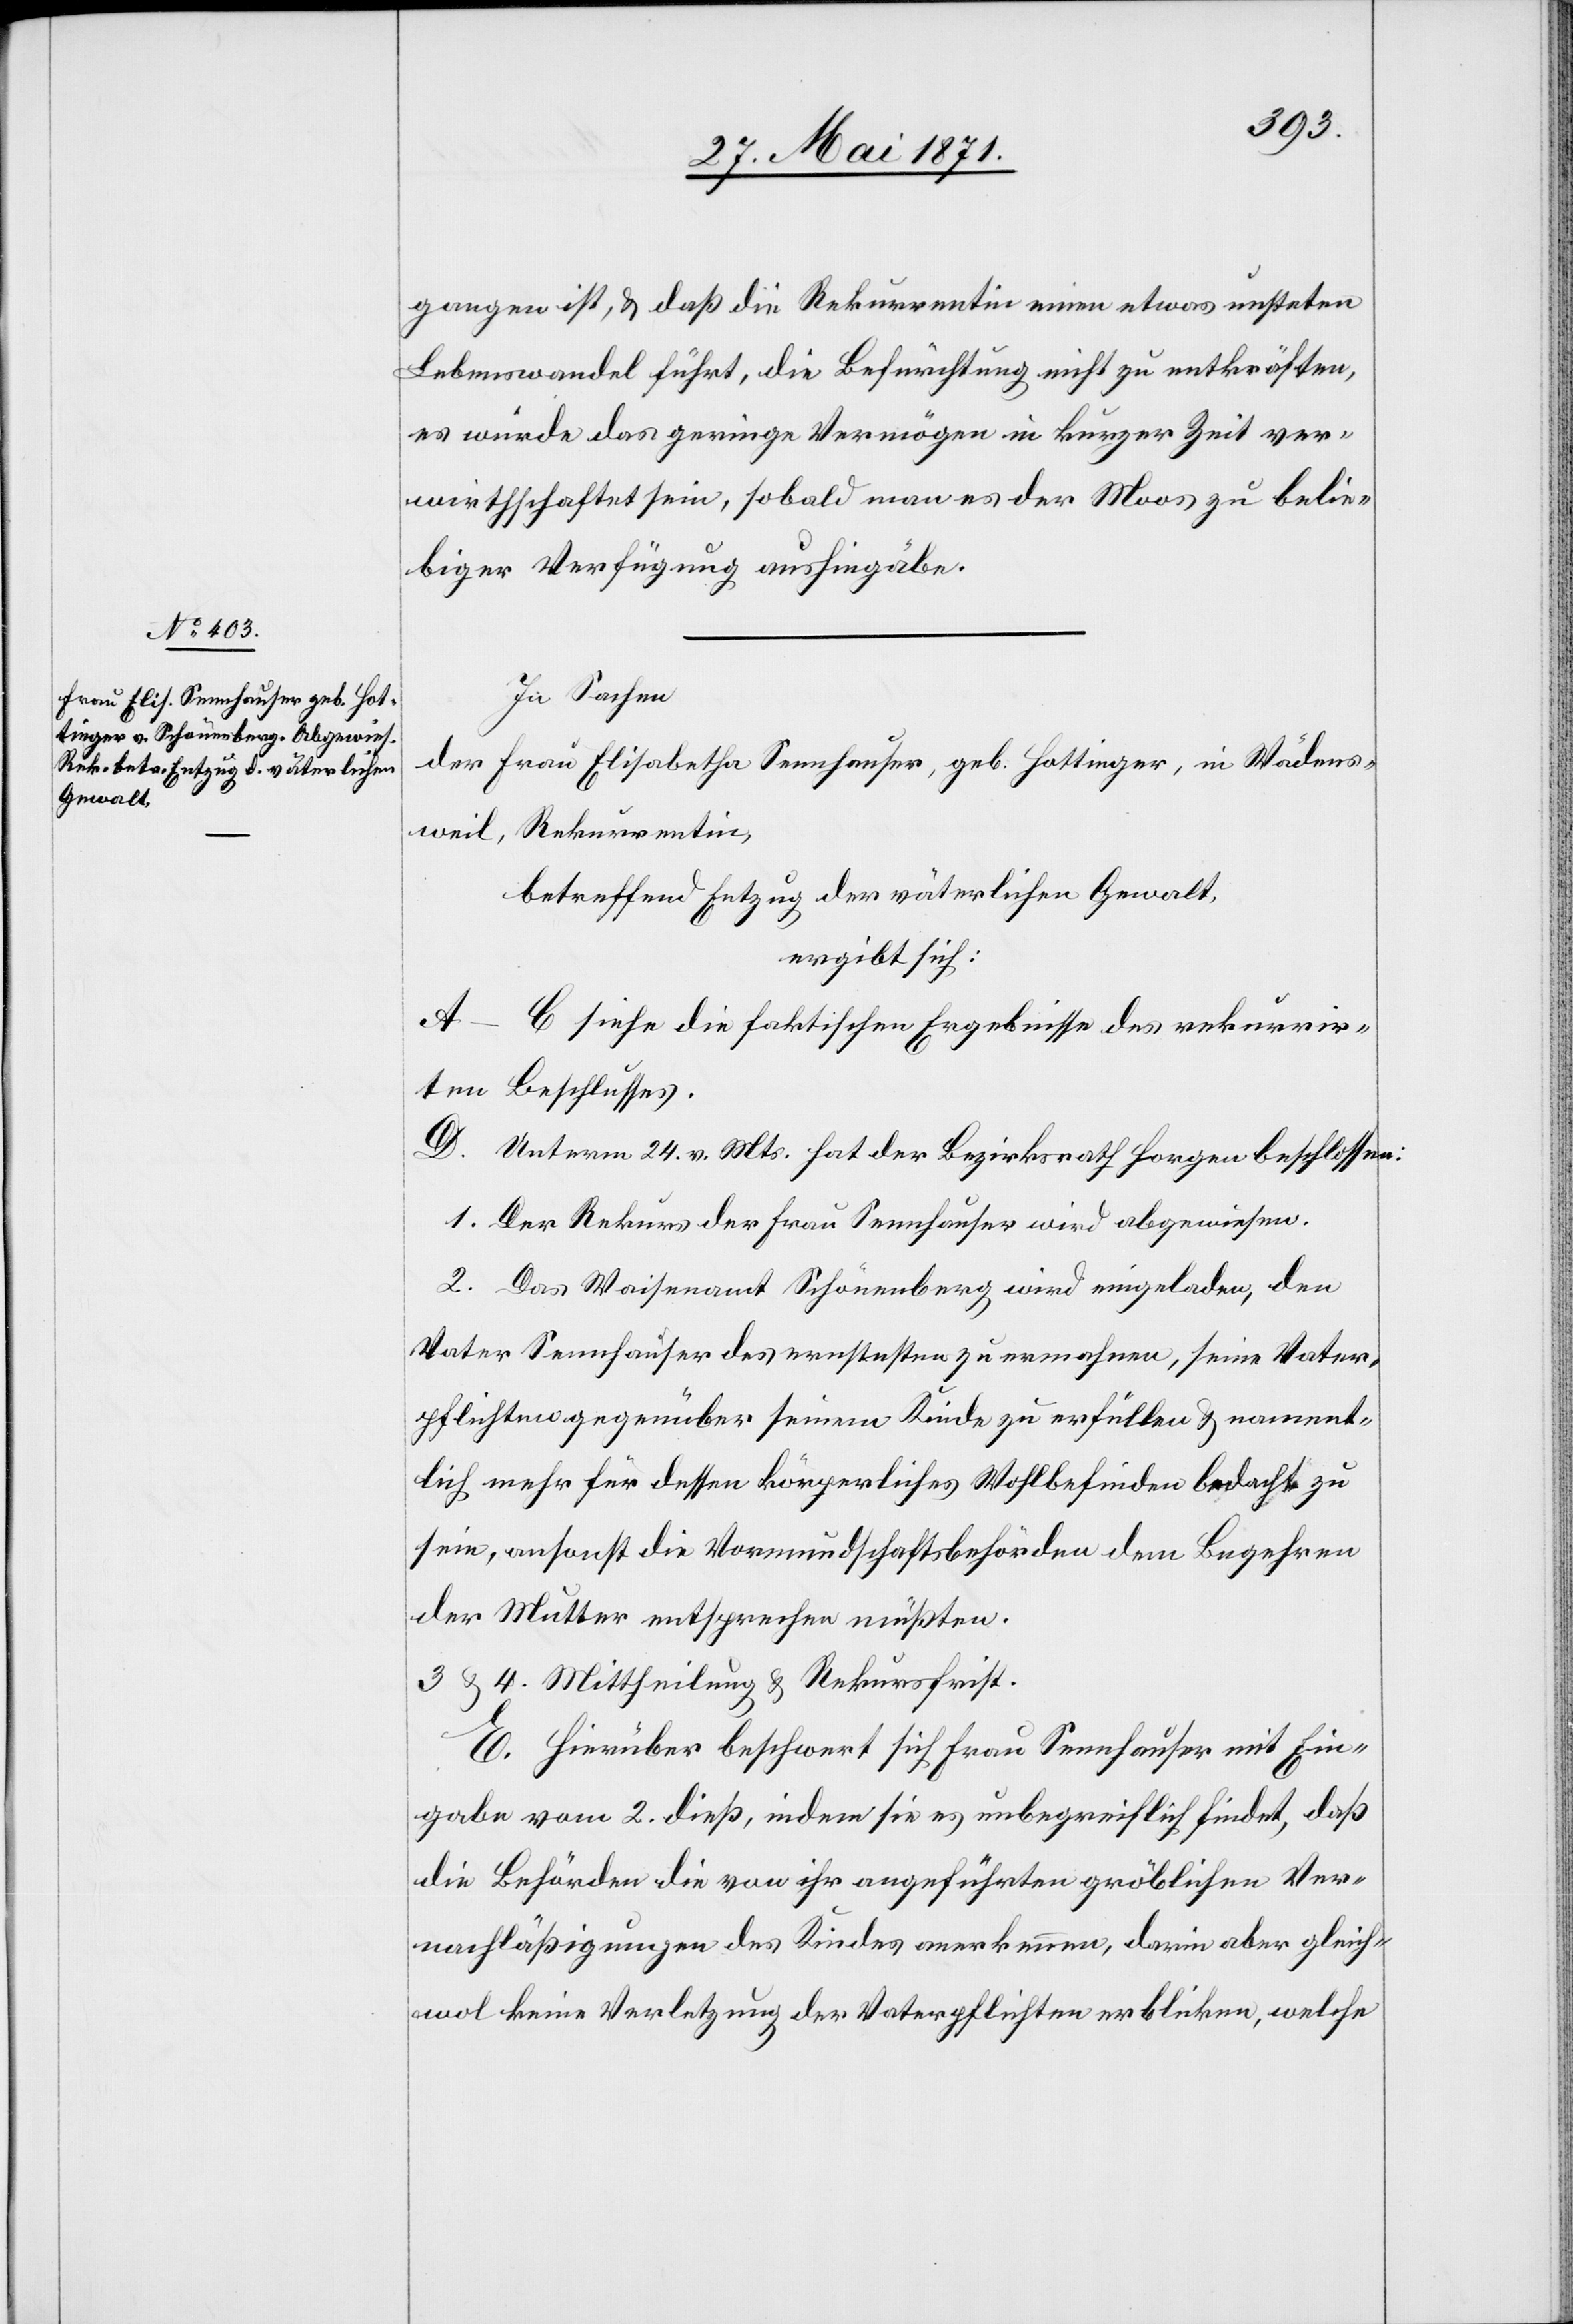
gangen ist, u. daß die Rekurrentin einen etwas unsteten
Lebenswandel führt, die Befürchtung nicht zu entkräften,
es würde das geringe Vermögen in kurzer Zeit ver¬
wirthschaftet sein, sobald man es der Moos zu belie¬
biger Verfügung aushingäbe.
In Sachen
der Frau Elisabetha Sennhauser, geb. Hottinger, in Wädens¬
weil, Rekurrentin,
betreffend Entzug der väterlichen Gewalt,
ergibt sich:
A–C siehe die faktischen Ergebnisse des rekurrir¬
ten Beschlusses.
D. Unterm 24. v. Mts. hat der Bezirksrath Horgen beschlossen:
1. Der Rekurs der Frau Sennhauser wird abgewiesen.
2. Das Waisenamt Schönenberg wird eingeladen, den
Vater Sennhauser des ernstesten zu ermahnen, seine Vater¬
pflichten gegenüber seinem Kinde zu erfüllen u. nament¬
lich mehr für dessen körperliches Wohlbefinden bedacht zu
sein, ansonst die Vormundschaftsbehörden dem Begehren
der Mutter entsprechen müßten.
3 u. 4. Mittheilung u. Rekursfrist.
E. Hierüber beschwert sich Frau Sennhauser mit Ein¬
gabe vom 2. dieß, indem sie es unbegreiflich findet, daß
die Behörden die von ihr angeführten gröblichen Ver¬
nachläßigungen des Kindes anerkennen, darin aber gleich¬
wol keine Verletzung der Vaterpflichten erblicken, welche